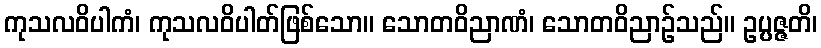
ကုသလဝိပါကံ၊ ကုသလဝိပါတ်ဖြစ်သော။ သောတဝိညာဏံ၊ သောတဝိညာဉ်သည်။ ဥပ္ပဇ္ဇတိ၊